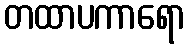
တထာပကာရော